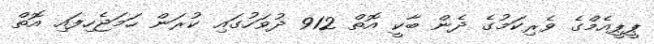
ޕީޕީއެމްގެ ވެރިކަމުގެ ދެން ބާކީ އޮތް 912 ދުވަހުގައި ކުރަން ހަމަޖެހިފައި އޮތް